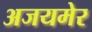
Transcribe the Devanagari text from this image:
अजयमेर